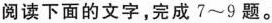
阅读下面的文字，完成7~9题。